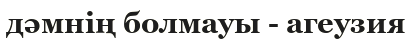
дәмнің болмауы - агеузия